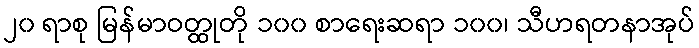
၂၀ ရာစု မြန်မာဝတ္ထုတို ၁၀၀ စာရေးဆရာ ၁၀၀၊ သီဟရတနာအုပ်